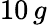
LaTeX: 10\, g